Indian Civil Veterinary Department memoirs
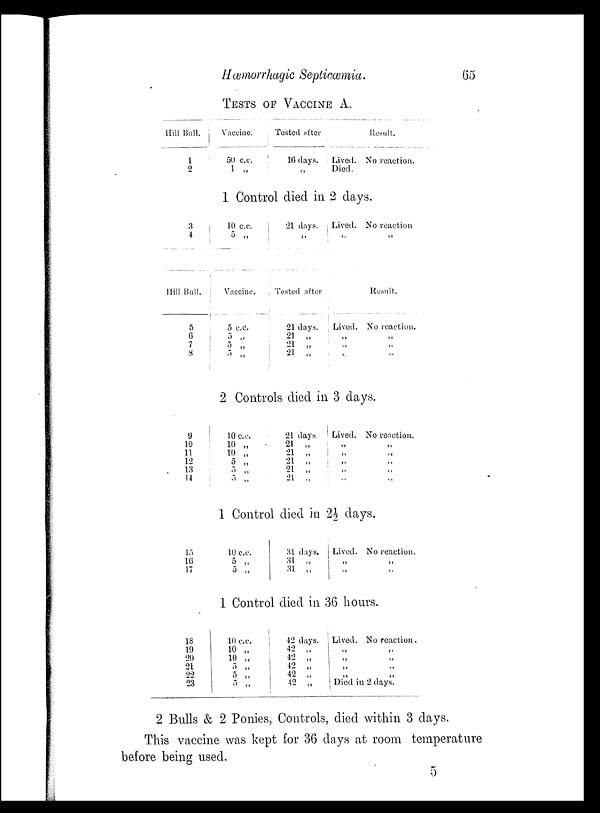
Hæmorrhagic Septicæmia.
65
TESTS OF VACCINE A.
Hill Bull.
1
2
Vaccine.
50 c.c.
1 „
Tested after
16 days.
„
Lived.
Died.
Result.
No reaction.
1 Control died in 2 days.
3
4
10 c.c.
5 „
21 days.
„
Lived.
„
No reaction
„
Hill Bull.
5
6
7
8
Vaccine.
5 c.c.
5 „
5 „
5 „
Tested after
21 days.
21 „
21 „
21 „
Lived.
„
„
„
Result.
No reaction.
„
„
„
2 Controls died in 3 days.
9
10
11
12
13
14
10 c.c.
10 „
10 „
5 „
5 „
5 „
21 days
21 „
21 „
21 „
21 „
21 „
Lived.
„
„ „
„
„
No reaction.
„
„
„
„
„
1 Control died in 2½ days.
15
16
17
10 c.c.
5 „
5 „
31 days.
31 „
31 „
Lived.
„
„
No reaction.
„
„
1 Control died in 36 hours.
18
19
20
21
22
23
10 c.c.
10 „
10 „
5
„
5 „
5 „
42 days.
42 „
42 „
42 „
42 „
42 „
Lived. No reaction.
„ „
„ „
„ „
„ „
Died in 2 days.
2 Bulls & 2 Ponies, Controls, died within 3 days.
This vaccine was kept for 36 days at room temperature
before being used.
5